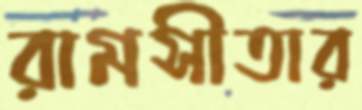
রামসীতার